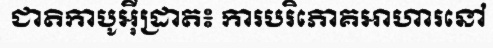
ជាតិកាបូអ៊ីដ្រាត៖ ការបរិភោគអាហារនៅ